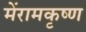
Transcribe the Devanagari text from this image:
मेंरामकृष्ण